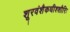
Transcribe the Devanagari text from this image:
शूरवंशैकधीश्शौरिः